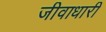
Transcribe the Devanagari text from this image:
जीवाधारी